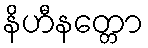
နိဟီနတ္တော